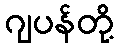
ဂျပန်တို့